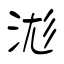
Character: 浝